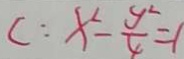
c : x ^ { 2 } - \frac { y ^ { 2 } } { 4 } = 1